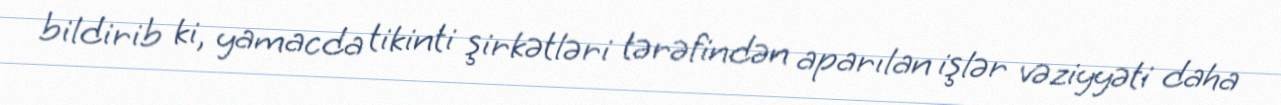
bildirib ki, yamacda tikinti şirkətləri tərəfindən aparılan işlər vəziyyəti daha